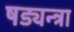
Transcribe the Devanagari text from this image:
षड्यन्त्रा